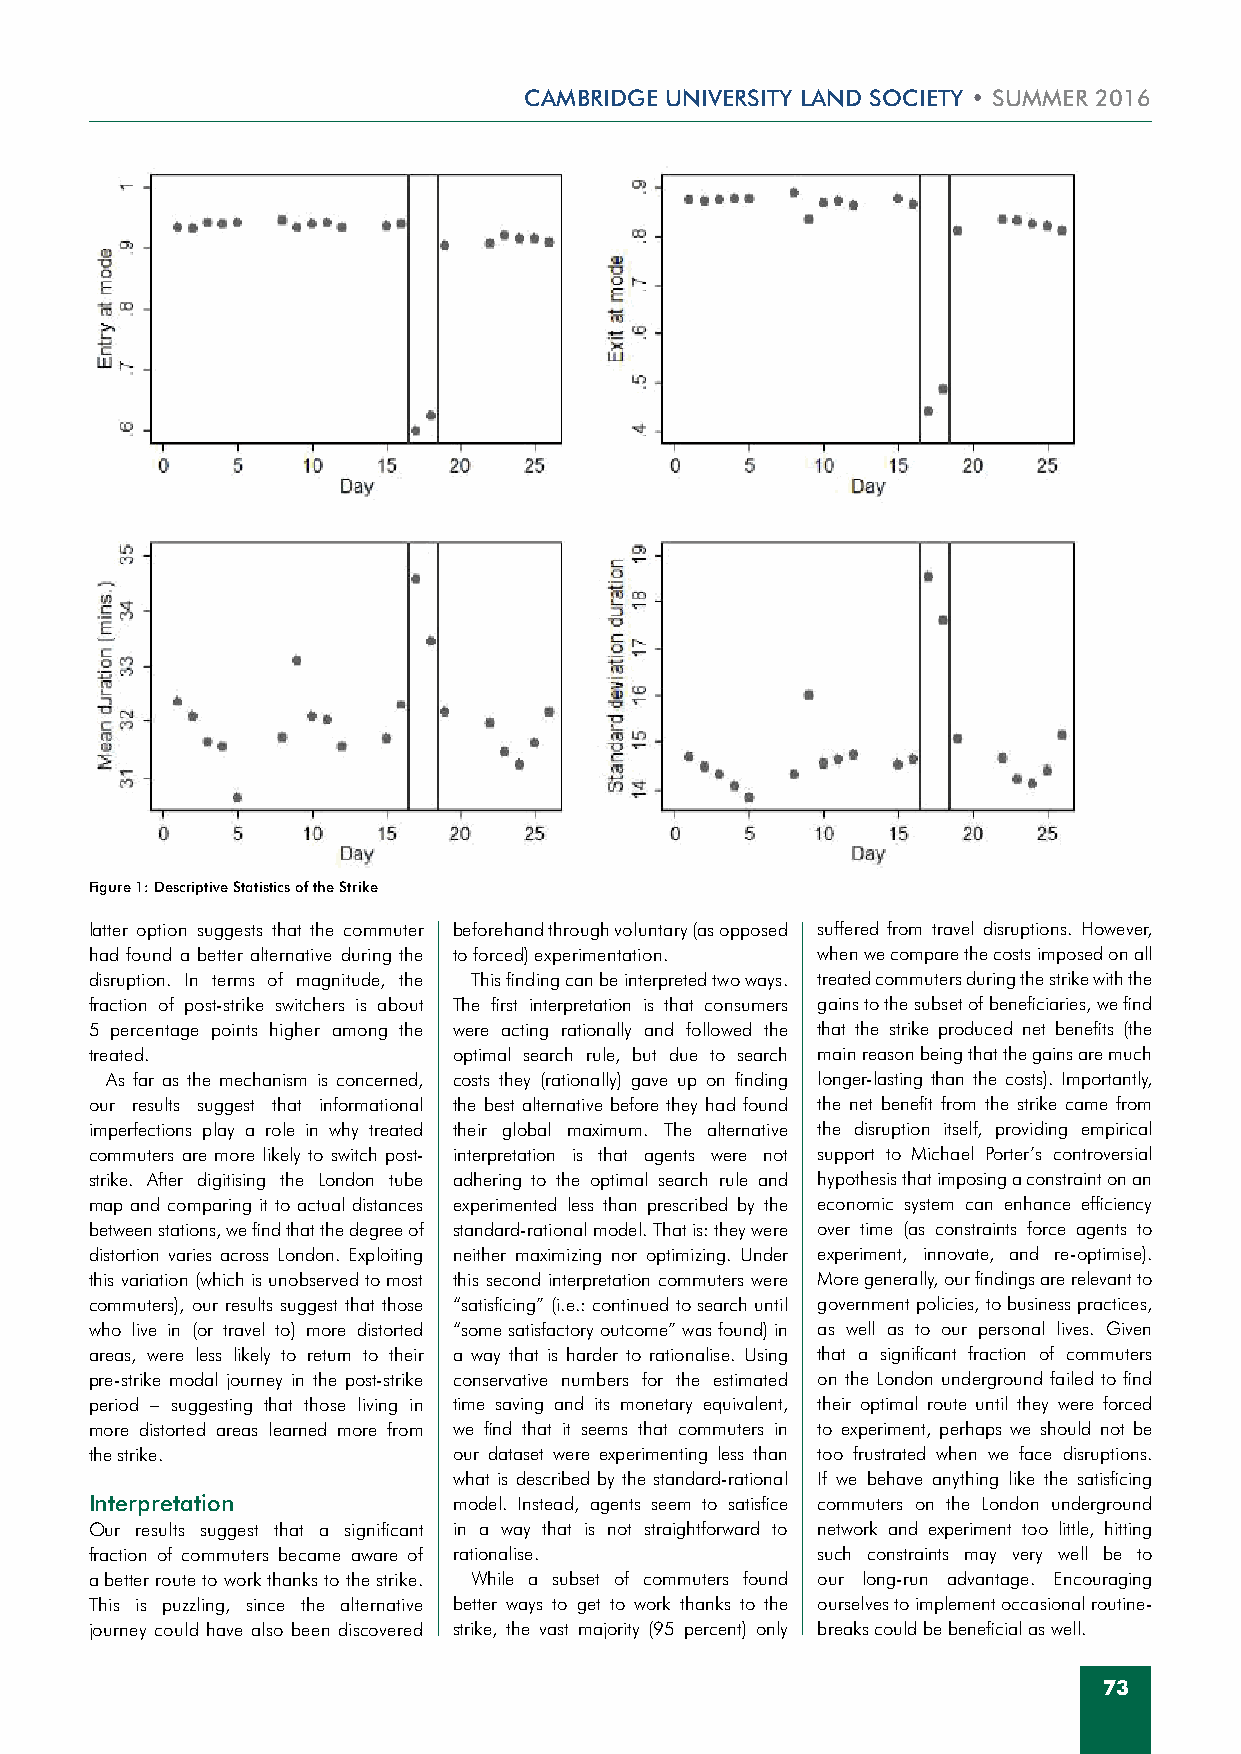
cambridge university land society • summer 2016
 Figure 1: Descriptive Statistics of the Strike
 latter option suggests that the commuter beforehand through voluntary (as opposed suffered from travel disruptions. However,
 had found a better alternative during the to forced) experimentation. when we compare the costs imposed on all
 disruption. In terms of magnitude, the This finding can be interpreted two ways. treated commuters during the strike with the
 fraction of post-strike switchers is about The first interpretation is that consumers gains to the subset of beneficiaries, we find
 5 percentage points higher among the were acting rationally and followed the that the strike produced net benefits (the
 treated.                optimal search rule, but due to search main reason being that the gains are much
 As far as the mechanism is concerned, costs they (rationally) gave up on finding longer-lasting than the costs). Importantly,
 our results suggest that informational the best alternative before they had found the net benefit from the strike came from
 imperfections play a role in why treated their global maximum. The alternative the disruption itself, providing empirical
 commuters are more likely to switch post- interpretation is that agents were not support to Michael Porter’s controversial
 strike. After digitising the London tube adhering to the optimal search rule and hypothesis that imposing a constraint on an
 map and comparing it to actual distances experimented less than prescribed by the economic system can enhance efficiency
 between stations, we find that the degree of standard-rational model. That is: they were over time (as constraints force agents to
 distortion varies across London. Exploiting neither maximizing nor optimizing. Under experiment, innovate, and re-optimise).
 this variation (which is unobserved to most this second interpretation commuters were More generally, our findings are relevant to
 commuters), our results suggest that those “satisficing” (i.e.: continued to search until government policies, to business practices,
 who live in (or travel to) more distorted “some satisfactory outcome” was found) in as well as to our personal lives. Given
 areas, were less likely to return to their a way that is harder to rationalise. Using that a significant fraction of commuters
 pre-strike modal journey in the post-strike conservative numbers for the estimated on the London underground failed to find
 period – suggesting that those living in time saving and its monetary equivalent, their optimal route until they were forced
 more distorted areas learned more from we find that it seems that commuters in to experiment, perhaps we should not be
 the strike.             our dataset were experimenting less than too frustrated when we face disruptions.
 what is described by the standard-rational If we behave anything like the satisficing
 Interpretation          model. Instead, agents seem to satisfice commuters on the London underground
 Our results suggest that a significant in a way that is not straightforward to network and experiment too little, hitting
 fraction of commuters became aware of rationalise. such constraints may very well be to
 a better route to work thanks to the strike. While a subset of commuters found our long-run advantage. Encouraging
 This is puzzling, since the alternative better ways to get to work thanks to the ourselves to implement occasional routine-
 journey could have also been discovered strike, the vast majority (95 percent) only breaks could be beneficial as well.
 73